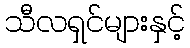
သီလရှင်များနှင့်